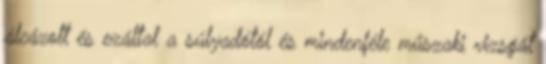
álcázott és ezáltal a súlyadótól és mindenféle műszaki vizsgát